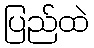
ပြည်ထဲ